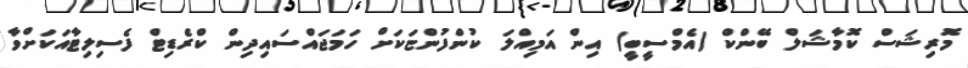
މޮރިޝަސް ކޮމާޝަލް ބޭންކް (އެމްސީބީ) އިން އަމިއްލަ ކުންފުންޏަކަށް ހަމަޖައްސައިދިން ކްރެޑިޓް ފެސިލިޓާއަކަށްވާ